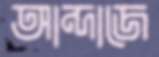
আন্দাজে